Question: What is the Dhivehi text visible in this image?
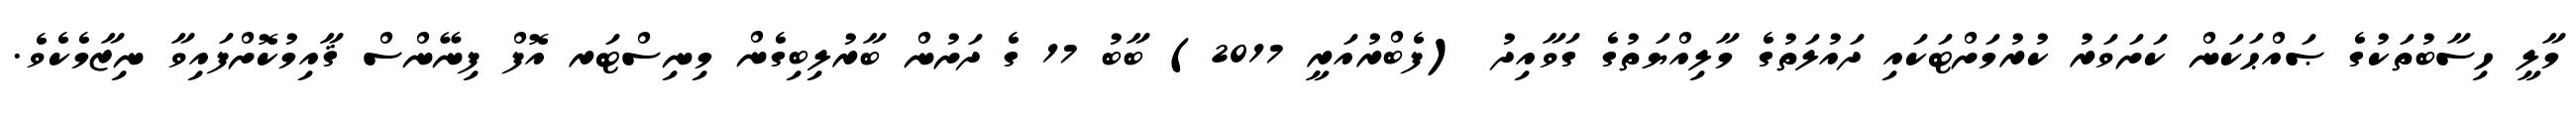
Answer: މާލީ ހިސާބުތަކުގެ ޞައްޙަކަން ކަށަވަރު ކުރުމަށްޓަކައި ދައުލަތުގެ މާލިއްޔަތުގެ ގަވާއިދު (ފެބްރުއަރީ 2017) ބާބު 17 ގެ ދަށުން ބާރުލިބިގެން މިނިސްޓަރ އޮފް ފިނޭންސް ޤާއިމުކޮށްފައިވާ ނިޒާމެކެވެ.